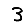
Digit: 3